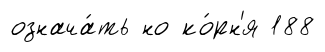
означа́ть но ко́рн'я 188